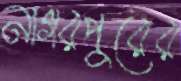
নাগরপুরের